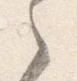
之